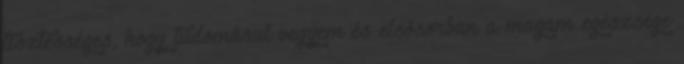
tisztességes, hogy tudomásul vegyem és elsősorban a magam egészsége